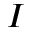
I